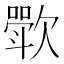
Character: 𬅰